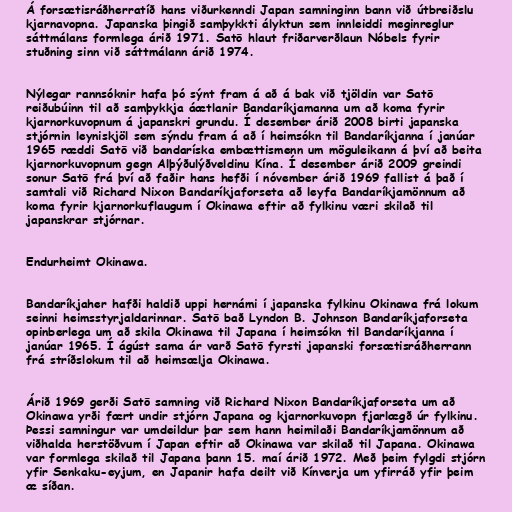
Á forsætisráðherratíð hans viðurkenndi Japan samninginn bann við útbreiðslu
kjarnavopna. Japanska þingið samþykkti ályktun sem innleiddi meginreglur
sáttmálans formlega árið 1971. Satō hlaut friðarverðlaun Nóbels fyrir
stuðning sinn við sáttmálann árið 1974.

Nýlegar rannsóknir hafa þó sýnt fram á að á bak við tjöldin var Satō
reiðubúinn til að samþykkja áætlanir Bandaríkjamanna um að koma fyrir
kjarnorkuvopnum á japanskri grundu. Í desember árið 2008 birti japanska
stjórnin leyniskjöl sem sýndu fram á að í heimsókn til Bandaríkjanna í janúar
1965 ræddi Satō við bandaríska embættismenn um möguleikann á því að beita
kjarnorkuvopnum gegn Alþýðulýðveldinu Kína. Í desember árið 2009 greindi
sonur Satō frá því að faðir hans hefði í nóvember árið 1969 fallist á það í
samtali við Richard Nixon Bandaríkjaforseta að leyfa Bandaríkjamönnum að
koma fyrir kjarnorkuflaugum í Okinawa eftir að fylkinu væri skilað til
japanskrar stjórnar.

Endurheimt Okinawa.

Bandaríkjaher hafði haldið uppi hernámi í japanska fylkinu Okinawa frá lokum
seinni heimsstyrjaldarinnar. Satō bað Lyndon B. Johnson Bandaríkjaforseta
opinberlega um að skila Okinawa til Japana í heimsókn til Bandaríkjanna í
janúar 1965. Í ágúst sama ár varð Satō fyrsti japanski forsætisráðherrann
frá stríðslokum til að heimsælja Okinawa.

Árið 1969 gerði Satō samning við Richard Nixon Bandaríkjaforseta um að
Okinawa yrði fært undir stjórn Japana og kjarnorkuvopn fjarlægð úr fylkinu.
Þessi samningur var umdeildur þar sem hann heimilaði Bandaríkjamönnum að
viðhalda herstöðvum í Japan eftir að Okinawa var skilað til Japana. Okinawa
var formlega skilað til Japana þann 15. maí árið 1972. Með þeim fylgdi stjórn
yfir Senkaku-eyjum, en Japanir hafa deilt við Kínverja um yfirráð yfir þeim
æ síðan.